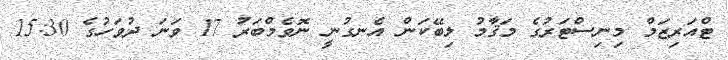
ޓްއަރިޒަމް މިނިސްޓަރުގެ މަޤާމު ލިބޭކަން އެނގުނީ ނޮވެމްބަރު 17 ވަނަ ދުވަހުގެ 15:30